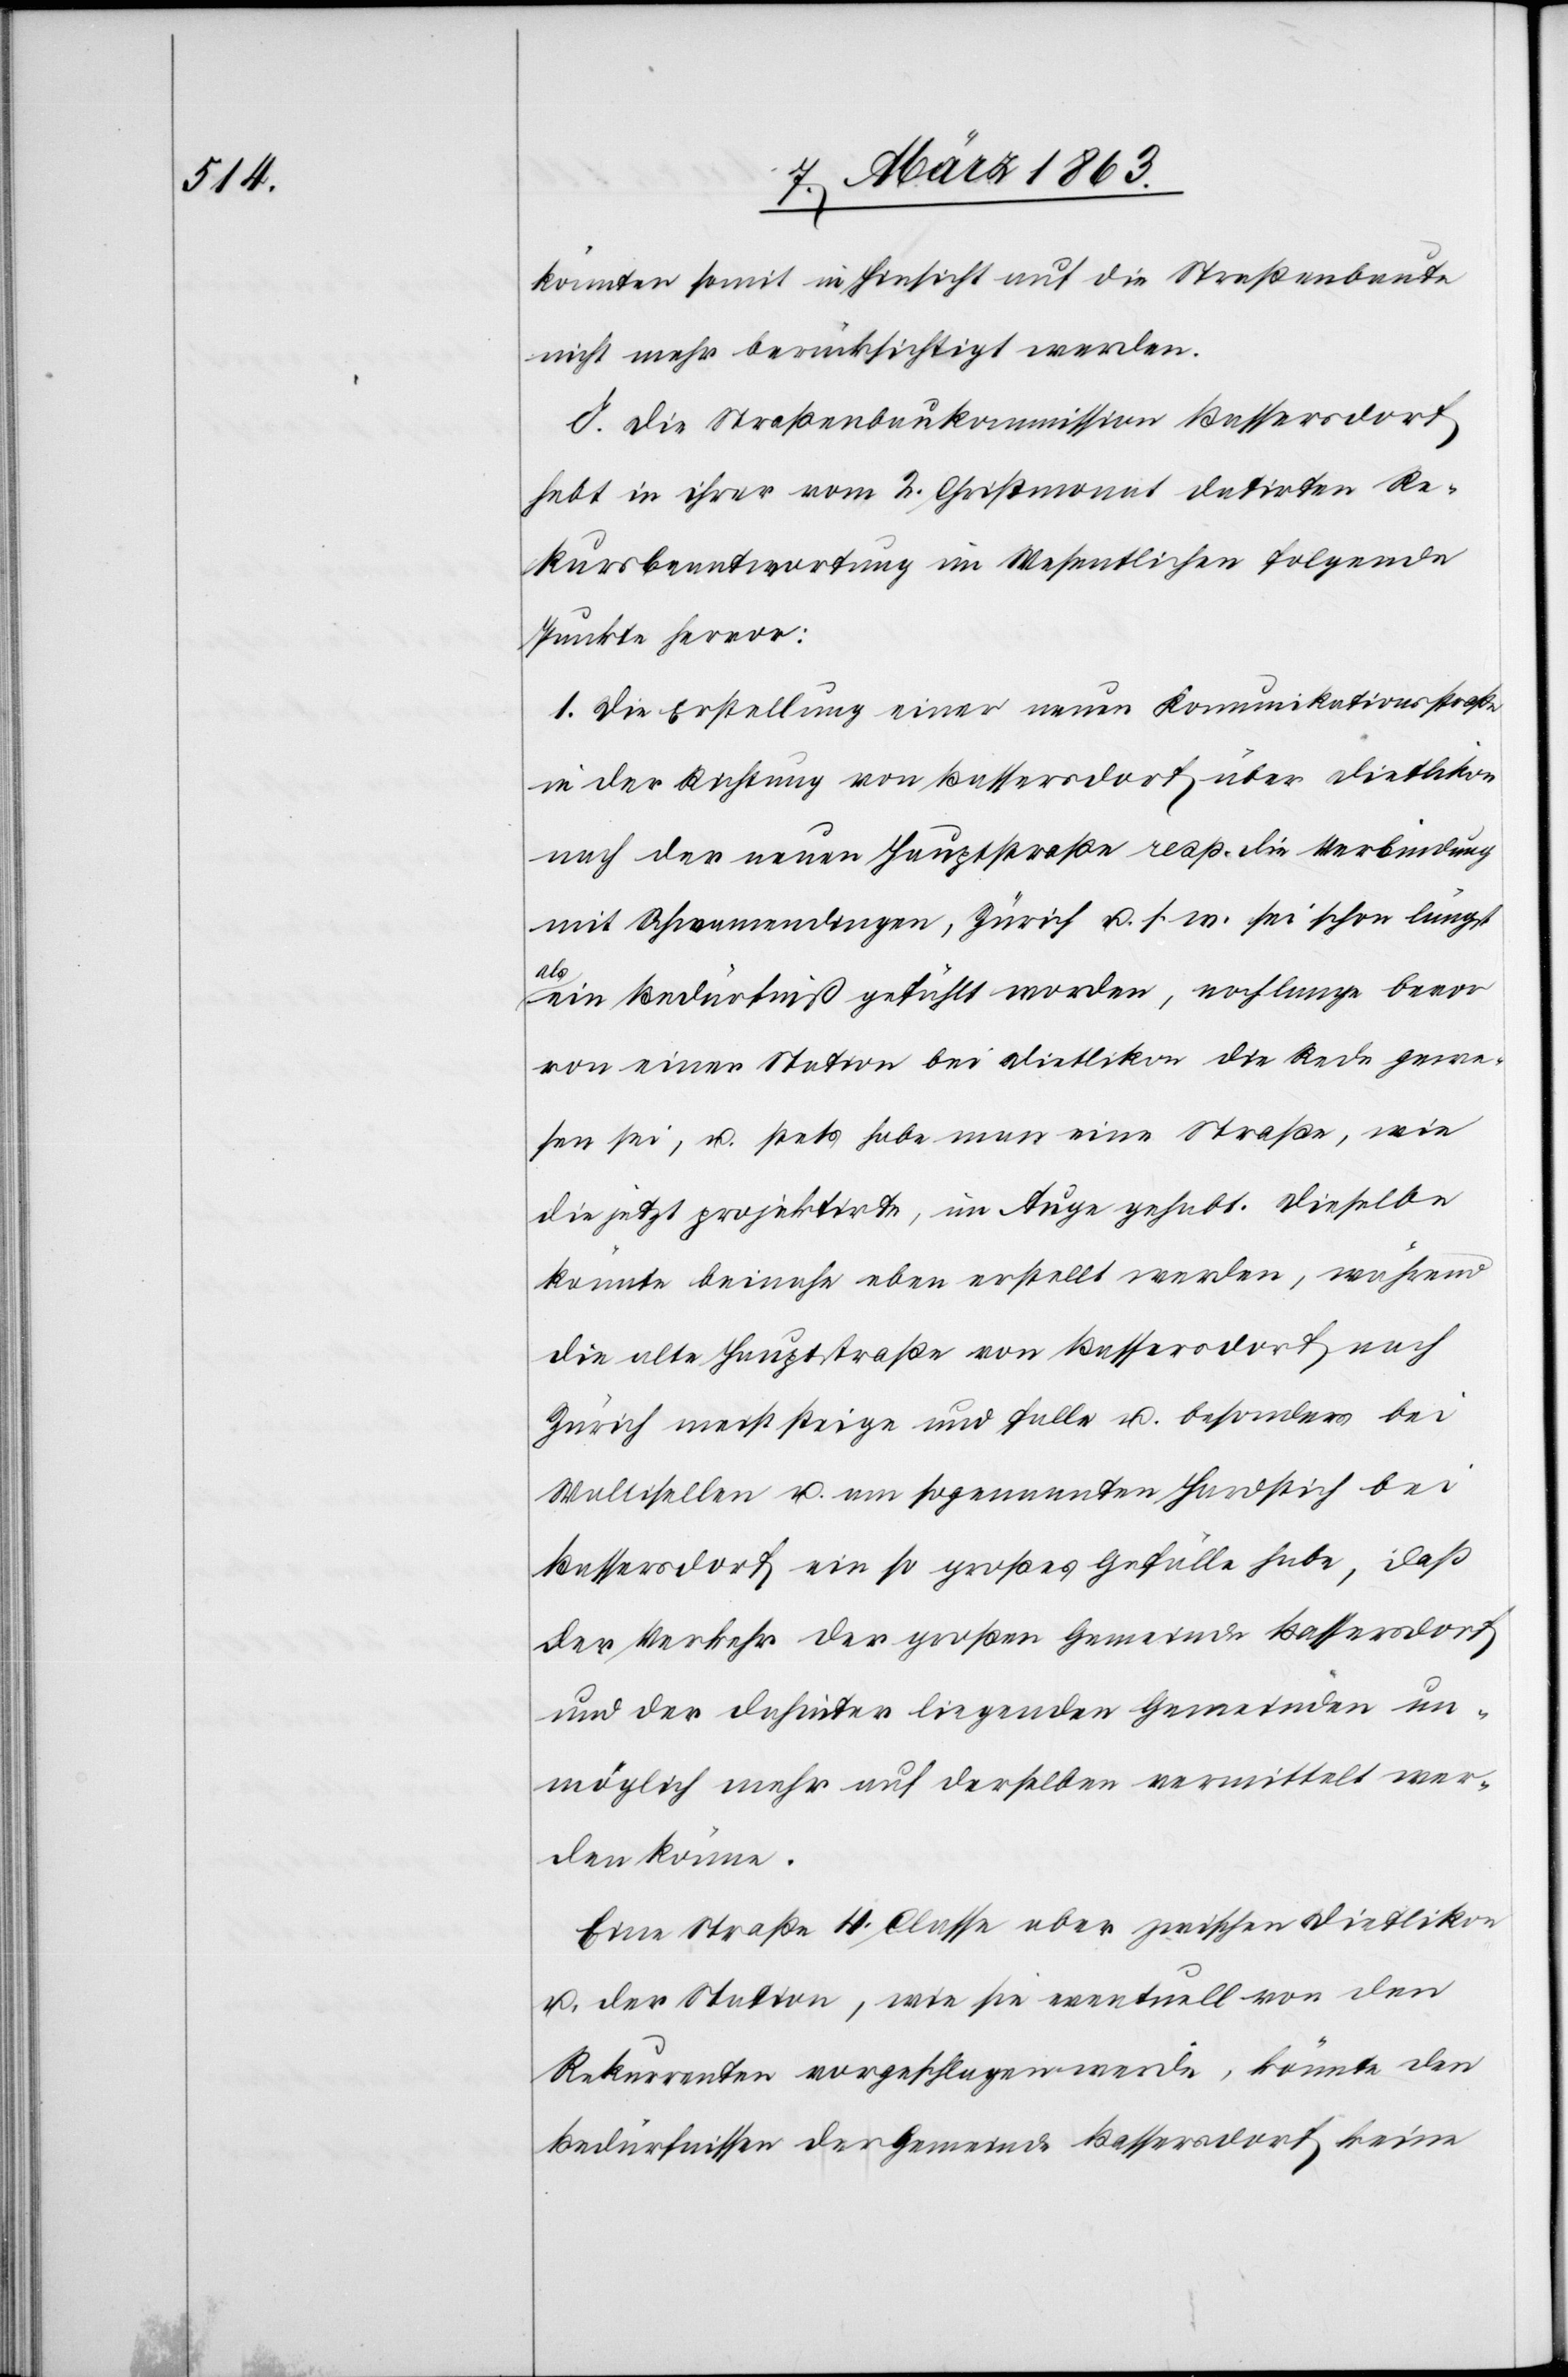
könnten somit in Hinsicht auf die Straßenbaute
nicht mehr berücksichtigt werden.
J. Die Straßenbaukommission Bassersdorf
hebt in ihrer vom 2. Christmonat datirten Re¬
kursbeantwortung im Wesentlichen folgende
Punkte hervor.
1. Die Erstellung einer neuen Komunikationsstraße
in der Richtung von Bassersdorf über Dietlikon
nach der neuen Hauptstraße resp. die Verbindung
mit Schwamendingen, Zürich u. s. w. sei schon längst
als
ein Bedürfniß gefühlt worden, noch lange bevor
von einer Station bei Dietlikon die Rede gewe¬
sen sei, u. stets habe man eine Straße, wie
die jetzt projektirte, im Auge gehabt. Dieselbe
könnte beinahe eben erstellt werden, während
die alte Hauptstraße von Bassersdorf nach
Zürich meist steige und falle u. besonders bei
Wallisellen u. am sogenannten Hardstich bei
Bassersdorf ein so großes Gefälle habe, daß
der Verkehr der großen Gemeinde Bassersdorf
und der dahinter liegenden Gemeinden un¬
möglich mehr auf derselben vermittelt wer¬
den könne.
Eine Straße 4. Classe aber zwischen Dietlikon
u. der Station, wie sie eventuell von den
Rekurrenten vorgeschlagen werde, könnte den
Bedürfnissen der Gemeinde Bassersdorf keine